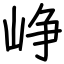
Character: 峥